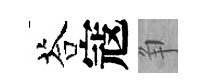
荅寇争